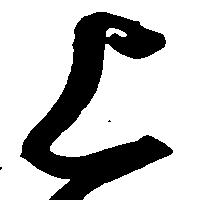
上